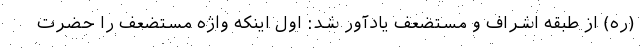
(ره) از طبقه اشراف و مستضعف یادآور شد: اول اینکه واژه مستضعف را حضرت